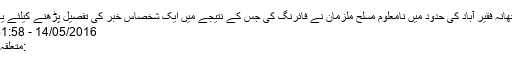
پولیس کے مطابق تھانہ فقیر آباد کی حدود میں نامعلوم مسلح ملزمان نے فائرنگ کی جس کے نتیجے میں ایک شخصاس خبر کی تفصیل پڑھنے کیلئے یہاں پر کلک کیجئے
14/05/2016 - 19:51:58 :وقت اشاعت
:متعلقہ عنوان فائرنگپشاور